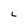
Character: L